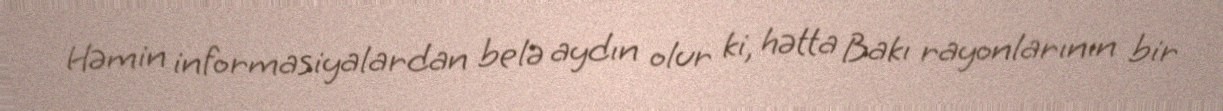
Həmin informasiyalardan belə aydın olur ki, hətta Bakı rayonlarının bir